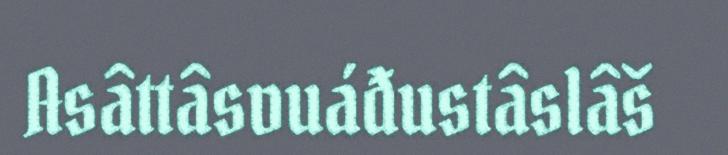
Asâttâsvuáđustâslâš